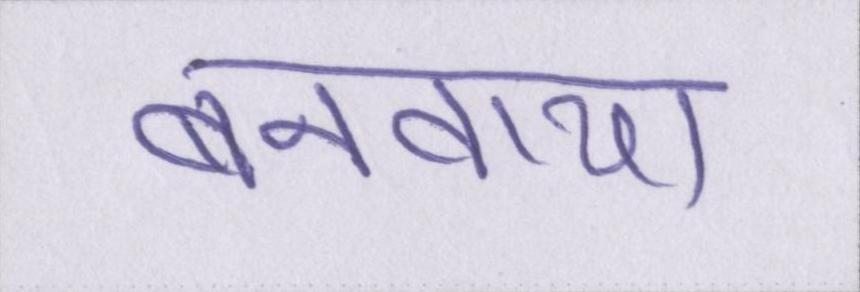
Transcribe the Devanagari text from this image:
बनवाया